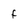
Character: f